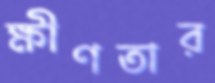
ক্ষীণতার